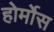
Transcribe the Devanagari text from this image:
होर्मोस